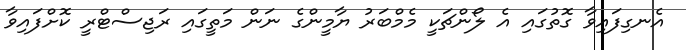
އެނގިފައިވާ ގޮތުގައި އެ ލޯންޗަކީ މެމްބަރު ޔާމީންގެ ނަން މަތީގައި ރަޖިސްޓްރީ ކޮށްފައިވާ